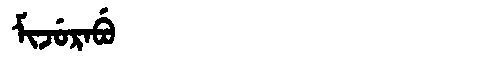
Manchu: ᠮᡳᠵᡠᡵᠠᠪᡠ
Romanization: MIJURABU